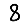
Digit: 8